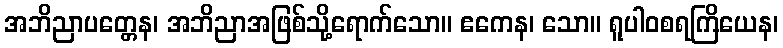
အဘိညာပတ္တေန၊ အဘိညာအဖြစ်သို့ရောက်သော။ ဧကေန၊ သော။ ရူပါဝစရကြိယေန၊